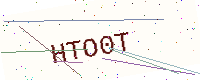
Text: HTO0T